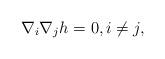
LaTeX: \begin{align*}\nabla_i\nabla_jh=0,i\ne j,\end{align*}